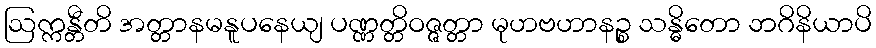
ဩက္ကန္တီတိ အတ္တာနမနူပနေယျ ပဏ္ဏတ္တိဝဇ္ဇတ္တာ မုဟဗဟာနဉ္စ သန္ဓိတော ဘဂိနိယာပိ